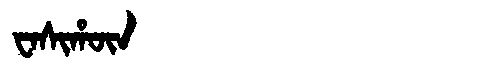
Manchu: ᠸᠠᠰᡳᡥᡡᠨ
Romanization: WASIHŪN